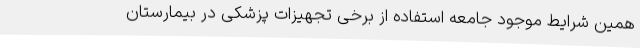
همین شرایط موجود جامعه استفاده از برخی تجهیزات پزشکی در بیمارستان